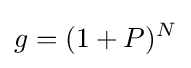
g=(1+P)^{N}